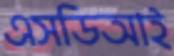
এসডিআই